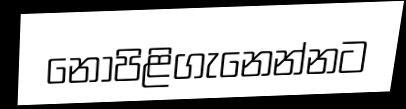
නොපිළිගැනෙන්නට